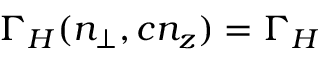
\Gamma _ { H } ( n _ { \perp } , c n _ { z } ) = \Gamma _ { H }